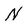
Character: N